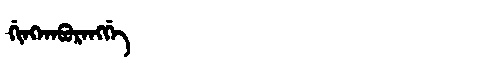
Manchu: ᡤᡳᠩᡴᠠᠪᡠᡵᠠᠩᡤᡝ
Romanization: GINGKABURANGGE